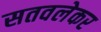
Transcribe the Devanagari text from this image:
सतवलेकर